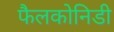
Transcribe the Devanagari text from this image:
फैलकोनिडी